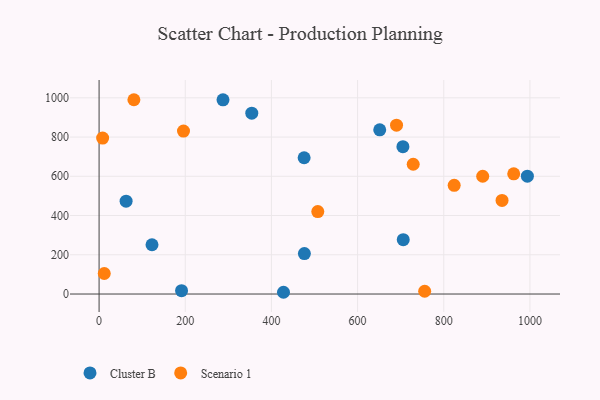
{"axis": {"x": "Distance", "y": "Salary"}, "legend": ["Cluster B", "Scenario 1"], "data": [{"x": "706.0", "y": 276.9, "type": "Cluster B"}, {"x": "475.9", "y": 694.6, "type": "Cluster B"}, {"x": "122.8", "y": 251.0, "type": "Cluster B"}, {"x": "428.0", "y": 8.9, "type": "Cluster B"}, {"x": "191.4", "y": 17.1, "type": "Cluster B"}, {"x": "354.4", "y": 921.9, "type": "Cluster B"}, {"x": "476.5", "y": 205.9, "type": "Cluster B"}, {"x": "651.4", "y": 836.9, "type": "Cluster B"}, {"x": "994.1", "y": 600.7, "type": "Cluster B"}, {"x": "62.7", "y": 473.3, "type": "Cluster B"}, {"x": "287.6", "y": 989.9, "type": "Cluster B"}, {"x": "705.2", "y": 750.8, "type": "Cluster B"}, {"x": "729.1", "y": 661.4, "type": "Scenario 1"}, {"x": "935.3", "y": 477.1, "type": "Scenario 1"}, {"x": "195.9", "y": 830.2, "type": "Scenario 1"}, {"x": "824.2", "y": 553.7, "type": "Scenario 1"}, {"x": "962.4", "y": 612.6, "type": "Scenario 1"}, {"x": "507.6", "y": 420.4, "type": "Scenario 1"}, {"x": "8.2", "y": 794.8, "type": "Scenario 1"}, {"x": "690.4", "y": 860.7, "type": "Scenario 1"}, {"x": "755.7", "y": 14.2, "type": "Scenario 1"}, {"x": "80.8", "y": 990.2, "type": "Scenario 1"}, {"x": "890.4", "y": 600.2, "type": "Scenario 1"}, {"x": "12.0", "y": 104.6, "type": "Scenario 1"}]}